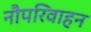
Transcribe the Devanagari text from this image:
नौपरिवाहन